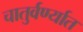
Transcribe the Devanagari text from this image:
चातुर्वर्ण्यात